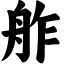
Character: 舴